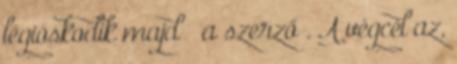
légióskodik majd – a szerző . A végcél az,